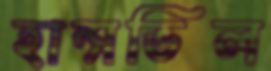
হান্সভিল